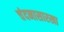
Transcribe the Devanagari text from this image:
चंदनासारखा